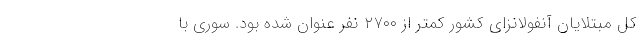
کل مبتلایان آنفولانزای کشور کمتر از ۲۷۰۰ نفر عنوان شده بود. سوری با